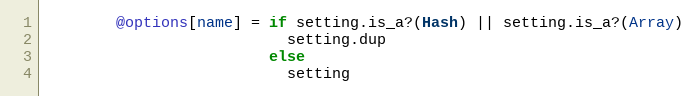
Language: Ruby
        @options[name] = if setting.is_a?(Hash) || setting.is_a?(Array)
                           setting.dup
                         else
                           setting